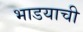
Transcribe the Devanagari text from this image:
भाडयाची